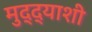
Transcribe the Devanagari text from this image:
मुद्द्याशी